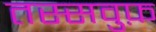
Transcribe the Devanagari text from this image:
तस्सवुफ़